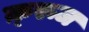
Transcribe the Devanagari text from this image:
क़्रूज